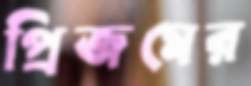
প্রিজমের